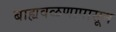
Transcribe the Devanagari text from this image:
बाह्यवळणापासून